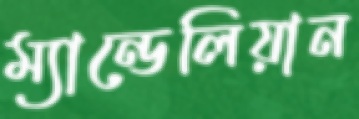
ম্যান্ডেলিয়ান